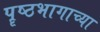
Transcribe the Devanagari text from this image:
पॄष्ठभागाच्या